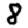
Digit: 8